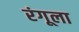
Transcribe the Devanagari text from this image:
रंगूला